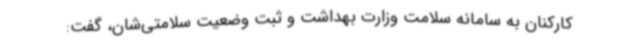
کارکنان به سامانه سلامت وزارت بهداشت و ثبت وضعیت سلامتی‌شان، گفت: